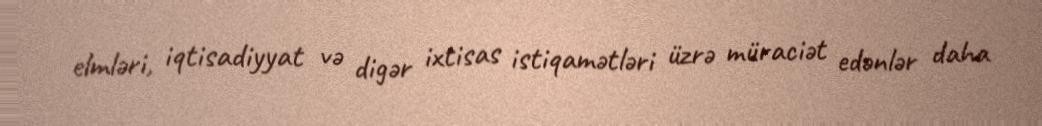
elmləri, iqtisadiyyat və digər ixtisas istiqamətləri üzrə müraciət edənlər daha